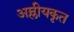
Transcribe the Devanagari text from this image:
अम्लीयकृत